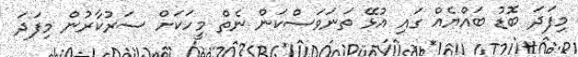
މިފަދަ ބޮޑު ބައްޔެއް ގައި އުޅޭ ތަނަވަސްކަން ނެތް މީހަކަށް ސަރުކާރުން މިފަދަ